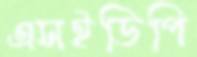
এসইডিপি